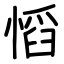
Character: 慆